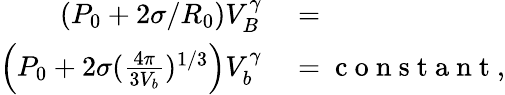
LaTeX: \begin{array}{rl}{\left(P_{0}+2\sigma/R_{0}\right)V_{B}^{\gamma}}&{{}=}\\ {\left(P_{0}+2\sigma(\frac{4\pi}{3V_{b}})^{1/3}\right)V_{b}^{\gamma}}&{{}=\mathrm{~c~o~n~s~t~a~n~t~},}\end{array}